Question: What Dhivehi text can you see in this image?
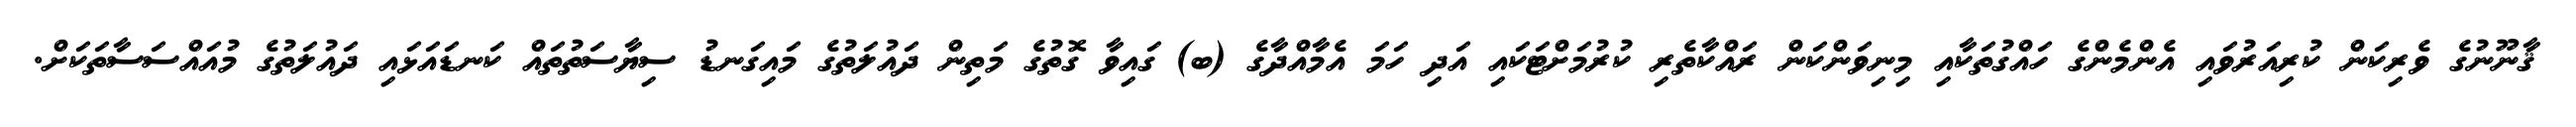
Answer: ޤާނޫނުގެ ވެރިކަން ކުރިއަރުވައި އެންމެންގެ ހައްގުތަކާއި މިނިވަންކަން ރައްކާތެރި ކުރުމަށްޓަކައި އަދި ހަމަ އެމާއްދާގެ (ބ) ގައިވާ ގޮތުގެ މަތިން ދައުލަތުގެ މައިގަނޑު ސިޔާސަތުތައް ކަނޑައަޅައި ދައުލަތުގެ މުއައްސަސާތަކަށް.